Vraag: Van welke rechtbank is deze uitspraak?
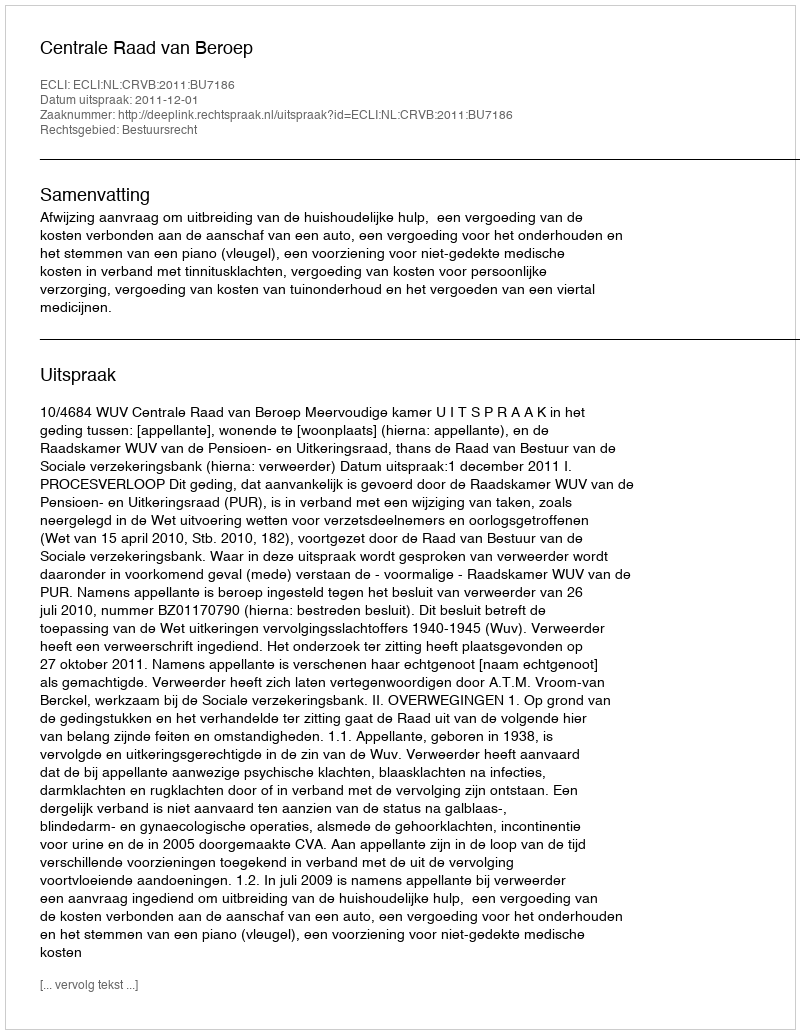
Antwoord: Centrale Raad van Beroep